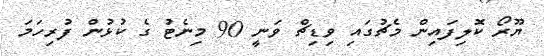
ޔޫރޯ ކޮލިފައިން މެޗުގައި ވިޑިޗް ވަނީ 90 މިނެޓު ގެ ކުޅުން ފުރިހަމަ